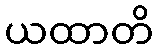
ယထာတိ